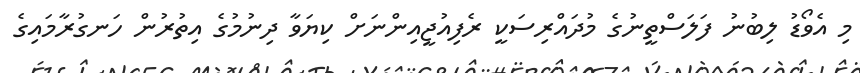
މި އެވޯޑު ލިބުނު ފަލަސްތީނުގެ މުދައްރިސަކީ ރެފިއުޖީއިންނަށް ކިޔަވާ ދިނުމުގެ އިތުރުން ހަނގުރާމައިގެ